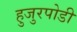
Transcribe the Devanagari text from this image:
हुजुरपोडी